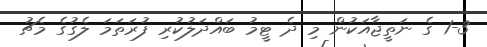
1-3 ގެ ނަތީޖާއަކުން މި ދެ ޓީމު ބައްދަލުކުރި ފުރަތަމަ ލެގުގެ މެޗު